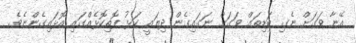
އޭނާ ވަގަށް ނެގި ބަޑިތައް ވަގަށް ނަގައިގެން ދިޔައީ ކަޅު ފޮތިކޮޅެއްގައި އޮޅައިގެންނެވެ.